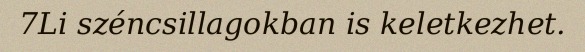
7Li széncsillagokban is keletkezhet.